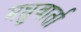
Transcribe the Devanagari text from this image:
मधुवार्ता